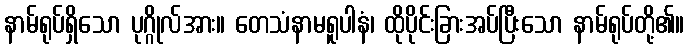
နာမ်ရုပ်ရှိသော ပုဂ္ဂိုလ်အား။ တေသံနာမရူပါနံ၊ ထိုပိုင်းခြားအပ်ပြီးသော နာမ်ရုပ်တို့၏။